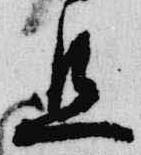
旦